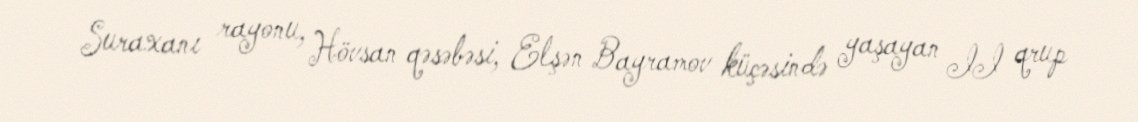
Suraxanı rayonu, Hövsan qəsəbəsi, Elşən Bayramov küçəsində yaşayan II qrup